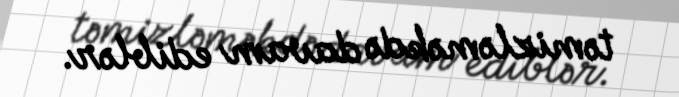
təmizləməkdə davam ediblər.